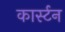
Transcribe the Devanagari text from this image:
कार्स्टन